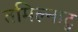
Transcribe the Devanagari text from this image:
तमिल्नाटु